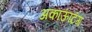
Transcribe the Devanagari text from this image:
अकाऊंटिंग